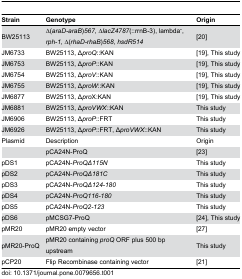
<table><thead><tr><td><b>Strain </b></td><td><b>Genotype</b></td><td><b>Origin </b></td></tr></thead><tbody><tr><td>BW25113 </td><td>∆(<i>araD-araB</i>)<i>567</i>, ∆<i>lacZ4787</i>(::rrnB-3), lambda<sup>-</sup>, <i>rph-1</i>, ∆(<i>rhaD-rhaB</i>)<i>568</i>, <i>hsdR514</i></td><td>[20]</td></tr><tr><td>JM6733 </td><td>BW25113, Δ<i>proQ</i>::KAN </td><td>[19], This study </td></tr><tr><td>JM6753 </td><td>BW25113, Δ<i>proP</i>::KAN </td><td>[19], This study </td></tr><tr><td>JM6754 </td><td>BW25113, Δ<i>proV</i>::KAN </td><td>[19], This study </td></tr><tr><td>JM6755 </td><td>BW25113, Δ<i>proW</i>::KAN </td><td>[19], This study </td></tr><tr><td>JM6877 </td><td>BW25113, Δ<i>pro</i>X:KAN </td><td>[19], This study </td></tr><tr><td>JM6881 </td><td>BW25113, Δ<i>proVWX</i>::KAN </td><td>This study </td></tr><tr><td>JM6906 </td><td>BW25113, Δ<i>proP</i>::FRT </td><td>This study </td></tr><tr><td>JM6926 </td><td>BW25113, Δ<i>proP</i>::FRT, Δ<i>proVWX</i>::KAN </td><td>This study </td></tr><tr><td>Plasmid </td><td>Description </td><td>Origin </td></tr><tr><td></td><td>pCA24N-ProQ </td><td>[23]</td></tr><tr><td>pDS1 </td><td>pCA24N-<i>ProQΔ115N</i></td><td>This study </td></tr><tr><td>pDS2 </td><td>pCA24N-<i>ProQΔ181C</i></td><td>This study </td></tr><tr><td>pDS3 </td><td>pCA24N-<i>ProQΔ124-180</i></td><td>This study </td></tr><tr><td>pDS4 </td><td>pCA24N-<i>ProQ116-180</i></td><td>This study </td></tr><tr><td>pDS5 </td><td>pCA24N-<i>ProQ2-123</i></td><td>This study </td></tr><tr><td>pDS6 </td><td>pMCSG7-ProQ </td><td>[24], This study </td></tr><tr><td>pMR20</td><td>pMR20 empty vector</td><td>[27]</td></tr><tr><td>pMR20-ProQ</td><td>pMR20 containing <i>proQ</i> ORF plus 500 bp upstream</td><td>This study</td></tr><tr><td>pCP20</td><td>Flip Recombinase containing vector</td><td>[21]</td></tr></tbody></table>